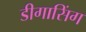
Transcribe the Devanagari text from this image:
डीगासिंग